Civil Veterinary Dept. Bombay admin report 1923-31 - 1923-1931
Year: 1923
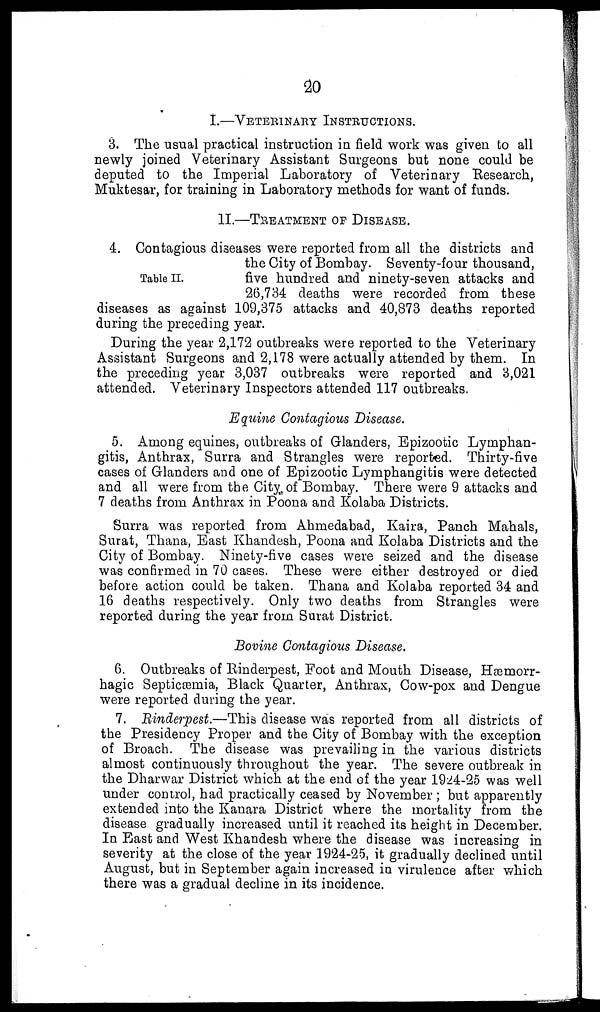
20
I.—VETERINARY INSTRUCTIONS.
3. The usual practical instruction in field work was given to all
newly joined Veterinary Assistant Surgeons but none could be
deputed to the Imperial Laboratory of Veterinary Research,
Muktesar, for training in Laboratory methods for want of funds.
II.—TREATMENT OF DISEASE.
Table II.
4. Contagious diseases were reported from all the districts and
the City of Bombay. Seventy-four thousand,
five hundred and ninety-seven attacks and
26,734 deaths were recorded from these
diseases as against 109,375 attacks and 40,873 deaths reported
during the preceding year.
During the year 2,172 outbreaks were reported to the Veterinary
Assistant Surgeons and 2,178 were actually attended by them. In
the preceding year 3,037 outbreaks were reported and 3,021
attended. Veterinary Inspectors attended 117 outbreaks.
Equine Contagious Disease.
5. Among equines, outbreaks of Glanders, Epizootic Lymphan-
gitis, Anthrax, Surra and Strangles were reported. Thirty-five
cases of Glanders and one of Epizootic Lymphangitis were detected
and all were from the City of Bombay. There were 9 attacks and
7 deaths from Anthrax in Poona and Kolaba Districts.
Surra was reported from Ahmedabad, Kaira, Panch Mahals,
Surat, Thana, East Khandesh, Poona and Kolaba Districts and the
City of Bombay. Ninety-five cases were seized and the disease
was confirmed in 70 cases. These were either destroyed or died
before action could be taken. Thana and Kolaba reported 34 and
16 deaths respectively. Only two deaths from Strangles were
reported during the year from Surat District.
Bovine Contagious Disease.
6. Outbreaks of Rinderpest, Foot and Mouth Disease, Hæmorr-
hagic Septicæmia, Black Quarter, Anthrax, Cow-pox and Dengue
were reported during the year.
7. Rinderpest.—This disease was reported from all districts of
the Presidency Proper and the City of Bombay with the exception
of Broach. The disease was prevailing in the various districts
almost continuously throughout the year. The severe outbreak in
the Dharwar District which at the end of the year 1924-25 was well
under control, had practically ceased by November ; but apparently
extended into the Kanara District where the mortality from the
disease gradually increased until it reached its height in December.
In East and West Khandesh where the disease was increasing in
severity at the close of the year 1924-25, it gradually declined until
August, but in September again increased in virulence after which
there was a gradual decline in its incidence.